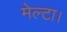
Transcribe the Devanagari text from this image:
मेल्टा।